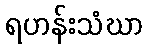
ရဟန်းသံဃာ